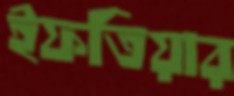
ইফতিয়ার